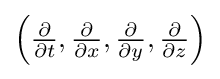
\textstyle \left({\frac {\partial }{\partial t}},{\frac {\partial }{\partial x}},{\frac {\partial }{\partial y}},{\frac {\partial }{\partial z}}\right)